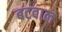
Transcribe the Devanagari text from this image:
बटवाल